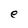
Character: e